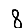
Digit: 8